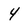
Character: 4